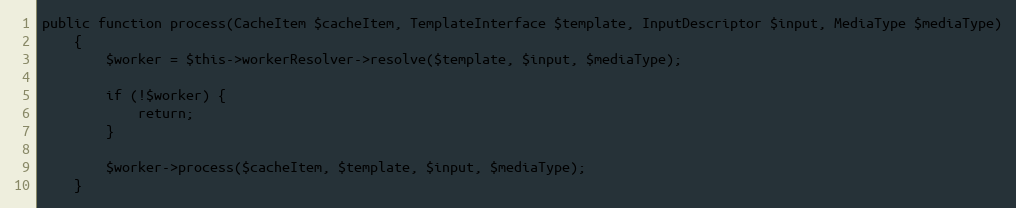
Language: PHP
public function process(CacheItem $cacheItem, TemplateInterface $template, InputDescriptor $input, MediaType $mediaType)
    {
        $worker = $this->workerResolver->resolve($template, $input, $mediaType);

        if (!$worker) {
            return;
        }

        $worker->process($cacheItem, $template, $input, $mediaType);
    }